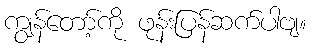
ကျွန်တော့်ကို ဖုန်းပြန်ဆက်ပါဗျ။